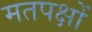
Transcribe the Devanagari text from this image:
मतपक्षों